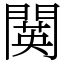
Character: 䦫